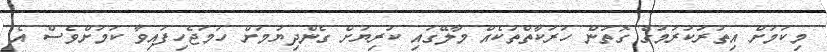
މިކަމަށް އިތުރުކުރުމުގެ ގޮތުން ހަރަކާތްތަކެއް މާލޭގައި ކުރިޔަށް ގެންދިޔުމަށް ހަމަޖެހިފައިވާ ކަމަށްވެސް އެ